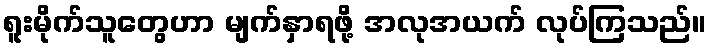
ရူးမိုက်သူတွေဟာ မျက်နှာရဖို့ အလုအယက် လုပ်ကြသည်။